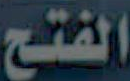
الفتح